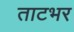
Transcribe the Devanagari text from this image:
ताटभर